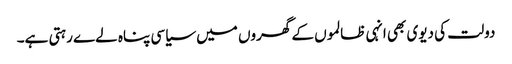
دولت کی دیوی بھی انہی ظالموں کے گھروں میں سیاسی پناہ لےے رہتی ہے۔